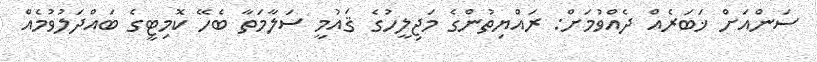
ސަންއަށް ޚަބަރެއް ދެއްވުމަށް: ރައްޔިތުންގެ މަޖިލީހުގެ ޤައުމީ ސަލާމަތާ ބެހޭ ކޮމިޓީގެ ބައްދަލުވުމެއް